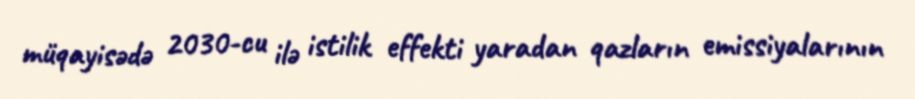
müqayisədə 2030-cu ilə istilik effekti yaradan qazların emissiyalarının